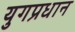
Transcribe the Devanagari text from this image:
युगप्रधान